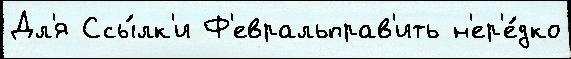
Дл'я Ссы́лк'и Ф'евральправ'ить н'ер'е́дко